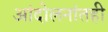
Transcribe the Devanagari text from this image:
आंदोलनांतही